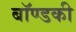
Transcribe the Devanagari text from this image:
बॉण्डकी